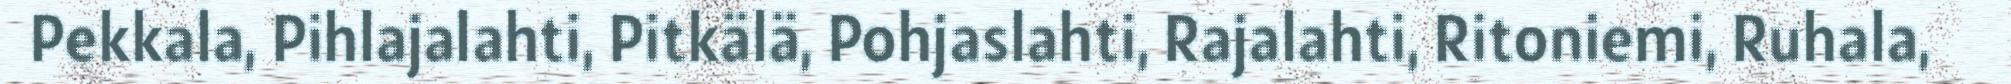
Pekkala, Pihlajalahti, Pitkälä, Pohjaslahti, Rajalahti, Ritoniemi, Ruhala,